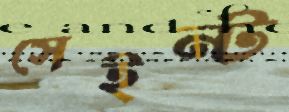
সেইন্ট